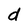
Character: d